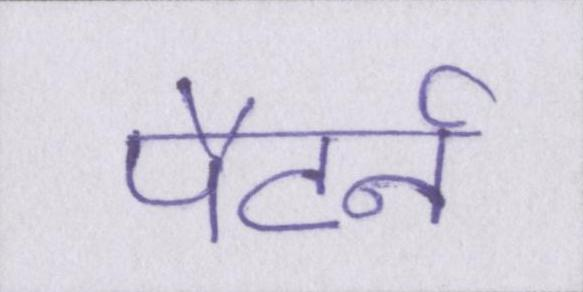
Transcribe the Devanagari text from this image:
पैटर्न